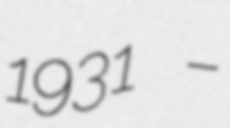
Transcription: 1931 –